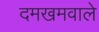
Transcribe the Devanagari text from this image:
दमखमवाले